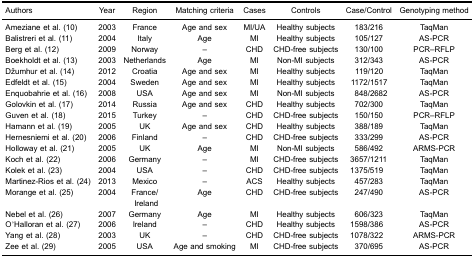
<table><thead><tr><td><b>Authors</b></td><td><b>Year</b></td><td><b>Region</b></td><td><b>Matching criteria</b></td><td><b>Cases</b></td><td><b>Controls</b></td><td><b>Case/Control</b></td><td><b>Genotyping method</b></td></tr></thead><tbody><tr><td>Ameziane et al. (10)</td><td>2003</td><td>France</td><td>Age and sex</td><td>MI/UA</td><td>Healthy subjects</td><td>183/216</td><td>TaqMan</td></tr><tr><td>Balistreri et al. (11)</td><td>2004</td><td>Italy</td><td>Age</td><td>MI</td><td>Healthy subjects</td><td>105/127</td><td>AS-PCR</td></tr><tr><td>Berg et al. (12)</td><td>2009</td><td>Norway</td><td>–</td><td>CHD</td><td>CHD-free subjects</td><td>130/100</td><td>PCR-RFLP</td></tr><tr><td>Boekholdt et al. (13)</td><td>2003</td><td>Netherlands</td><td>Age</td><td>MI</td><td>Non-MI subjects</td><td>312/343</td><td>AS-PCR</td></tr><tr><td>Džumhur et al. (14)</td><td>2012</td><td>Croatia</td><td>Age and sex</td><td>MI</td><td>Healthy subjects</td><td>119/120</td><td>TaqMan</td></tr><tr><td>Edfeldt et al. (15)</td><td>2004</td><td>Sweden</td><td>Age and sex</td><td>MI</td><td>Healthy subjects</td><td>1172/1517</td><td>TaqMan</td></tr><tr><td>Enquobahrie et al. (16)</td><td>2008</td><td>USA</td><td>Age and sex</td><td>MI</td><td>Non-MI subjects</td><td>848/2682</td><td>AS-PCR</td></tr><tr><td>Golovkin et al. (17)</td><td>2014</td><td>Russia</td><td>Age and sex</td><td>CHD</td><td>Healthy subjects</td><td>702/300</td><td>TaqMan</td></tr><tr><td>Guven et al. (18)</td><td>2015</td><td>Turkey</td><td>–</td><td>CHD</td><td>CHD-free subjects</td><td>150/150</td><td>PCR-RFLP</td></tr><tr><td>Hamann et al. (19)</td><td>2005</td><td>UK</td><td>Age and sex</td><td>CHD</td><td>Healthy subjects</td><td>388/189</td><td>TaqMan</td></tr><tr><td>Hernesniemi et al. (20)</td><td>2006</td><td>Finland</td><td>–</td><td>CHD</td><td>CHD-free subjects</td><td>333/299</td><td>AS-PCR</td></tr><tr><td>Holloway et al. (21)</td><td>2005</td><td>UK</td><td>Age</td><td>MI</td><td>Non-MI subjects</td><td>586/492</td><td>ARMS-PCR</td></tr><tr><td>Koch et al. (22)</td><td>2006</td><td>Germany</td><td>–</td><td>MI</td><td>CHD-free subjects</td><td>3657/1211</td><td>TaqMan</td></tr><tr><td>Kolek et al. (23)</td><td>2004</td><td>USA</td><td>–</td><td>CHD</td><td>CHD-free subjects</td><td>1375/519</td><td>TaqMan</td></tr><tr><td>Martinez-Rios et al. (24)</td><td>2013</td><td>Mexico</td><td>–</td><td>ACS</td><td>Healthy subjects</td><td>457/283</td><td>TaqMan</td></tr><tr><td>Morange et al. (25)</td><td>2004</td><td>France/Ireland</td><td>Age</td><td>CHD</td><td>CHD-free subjects</td><td>247/490</td><td>AS-PCR</td></tr><tr><td>Nebel et al. (26)</td><td>2007</td><td>Germany</td><td>Age</td><td>MI</td><td>Healthy subjects</td><td>606/323</td><td>TaqMan</td></tr><tr><td>O’Halloran et al. (27)</td><td>2006</td><td>Ireland</td><td>–</td><td>CHD</td><td>Healthy subjects</td><td>1598/386</td><td>AS-PCR</td></tr><tr><td>Yang et al. (28)</td><td>2003</td><td>UK</td><td>–</td><td>CHD</td><td>CHD-free subjects</td><td>1078/322</td><td>ARMS-PCR</td></tr><tr><td>Zee et al. (29)</td><td>2005</td><td>USA</td><td>Age and smoking</td><td>MI</td><td>CHD-free subjects</td><td>370/695</td><td>AS-PCR</td></tr></tbody></table>